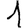
Digit: 1